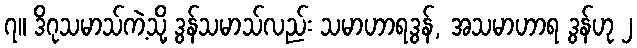
၇။ ဒိဂုသမာသ်ကဲ့သို့ ဒွန်သမာသ်လည်း သမာဟာရဒွန်, အသမာဟာရ ဒွန်ဟု ၂